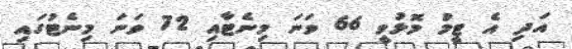
އަދި އެ ޓީމު މޮޅުވީ 66 ވަނަ މިނެޓާއި 72 ވަނަ މިނެޓުގައި